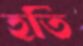
হতি